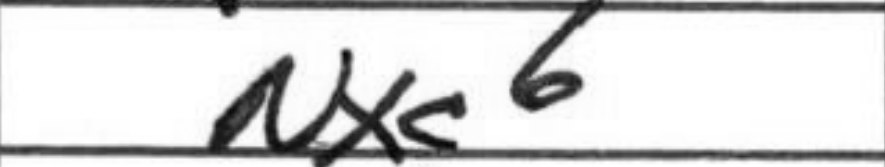
Transcription: Nxc6